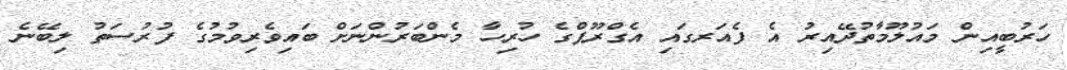
ހަރުބީއިން މައުލޫމާތުދޭއިރު އެ ފެއަރގައި އެގްރޫޕްގެ ހުރިހާ މެންބަރުންނަށް ބައިވެރިވުމުގެ ފުރުސަތު ލިބޭނެ